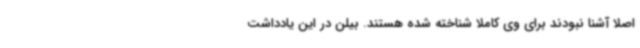
اصلاً آشنا نبودند برای وی کاملاً شناخته شده هستند. بیلن در این یادداشت